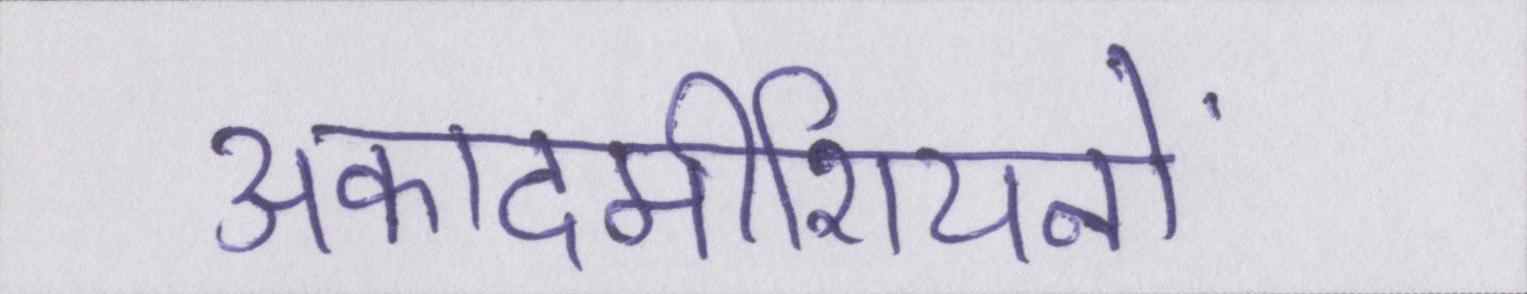
अकादमीशियनों